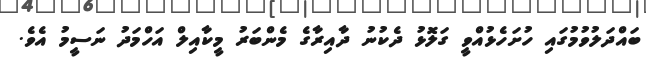
ބައްދަލުވުމުގައި ހުށަހެޅުއްވީ ގަލޮޅު ދެކުނު ދާއިރާގެ މެންބަރު މީކާއިލް އަހްމަދު ނަސީމު އެވެ.